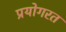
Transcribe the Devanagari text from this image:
प्रयोगरत